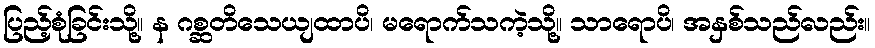
ပြည့်စုံခြင်းသို့။ န ဂစ္ဆတိသေယျထာပိ၊ မရောက်သကဲ့သို့။ သာရောပိ၊ အနှစ်သည်လည်း။